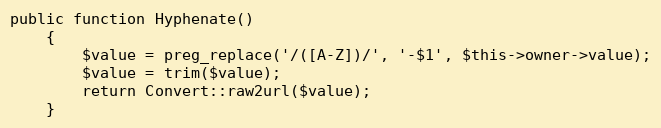
Language: PHP
public function Hyphenate()
    {
        $value = preg_replace('/([A-Z])/', '-$1', $this->owner->value);
        $value = trim($value);
        return Convert::raw2url($value);
    }